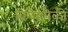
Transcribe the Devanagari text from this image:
ब्रिगेडपैकी